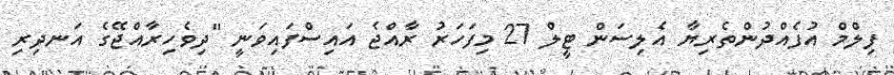
ފިލްމް އުފެއްދުންތެރިޔާ އެލިސަން ޓީލް 27 މިފަހަރު ރާއްޖެ އައިސްފައިވަނީ "ދިވެހިރާއްޖޭގެ އަނދިރި